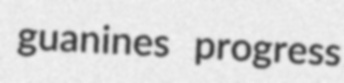
guanines progress